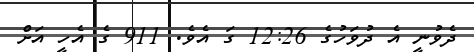
ދެވުނީ އެ ދުވަހުގެ 12:26 ގަ އެވެ. 911 ގެ އެހީ އަށް